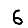
Digit: 6